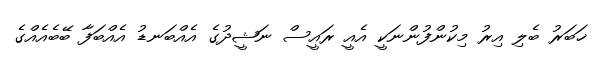
ޚަބަރު ބެލި އިރު މިކުންފުންނަކީ އެއީ ރައީސް ނަޝީދުގެ އެއްބަނޑު އެއްބަފާ ބޭބެއެއްގެ